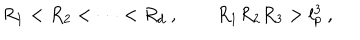
R _ { 1 } < R _ { 2 } < \dots < R _ { d } \ , \qquad R _ { 1 } R _ { 2 } R _ { 3 } > l _ { p } ^ { 3 } \ ,